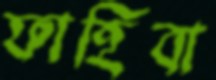
ফাহিবা